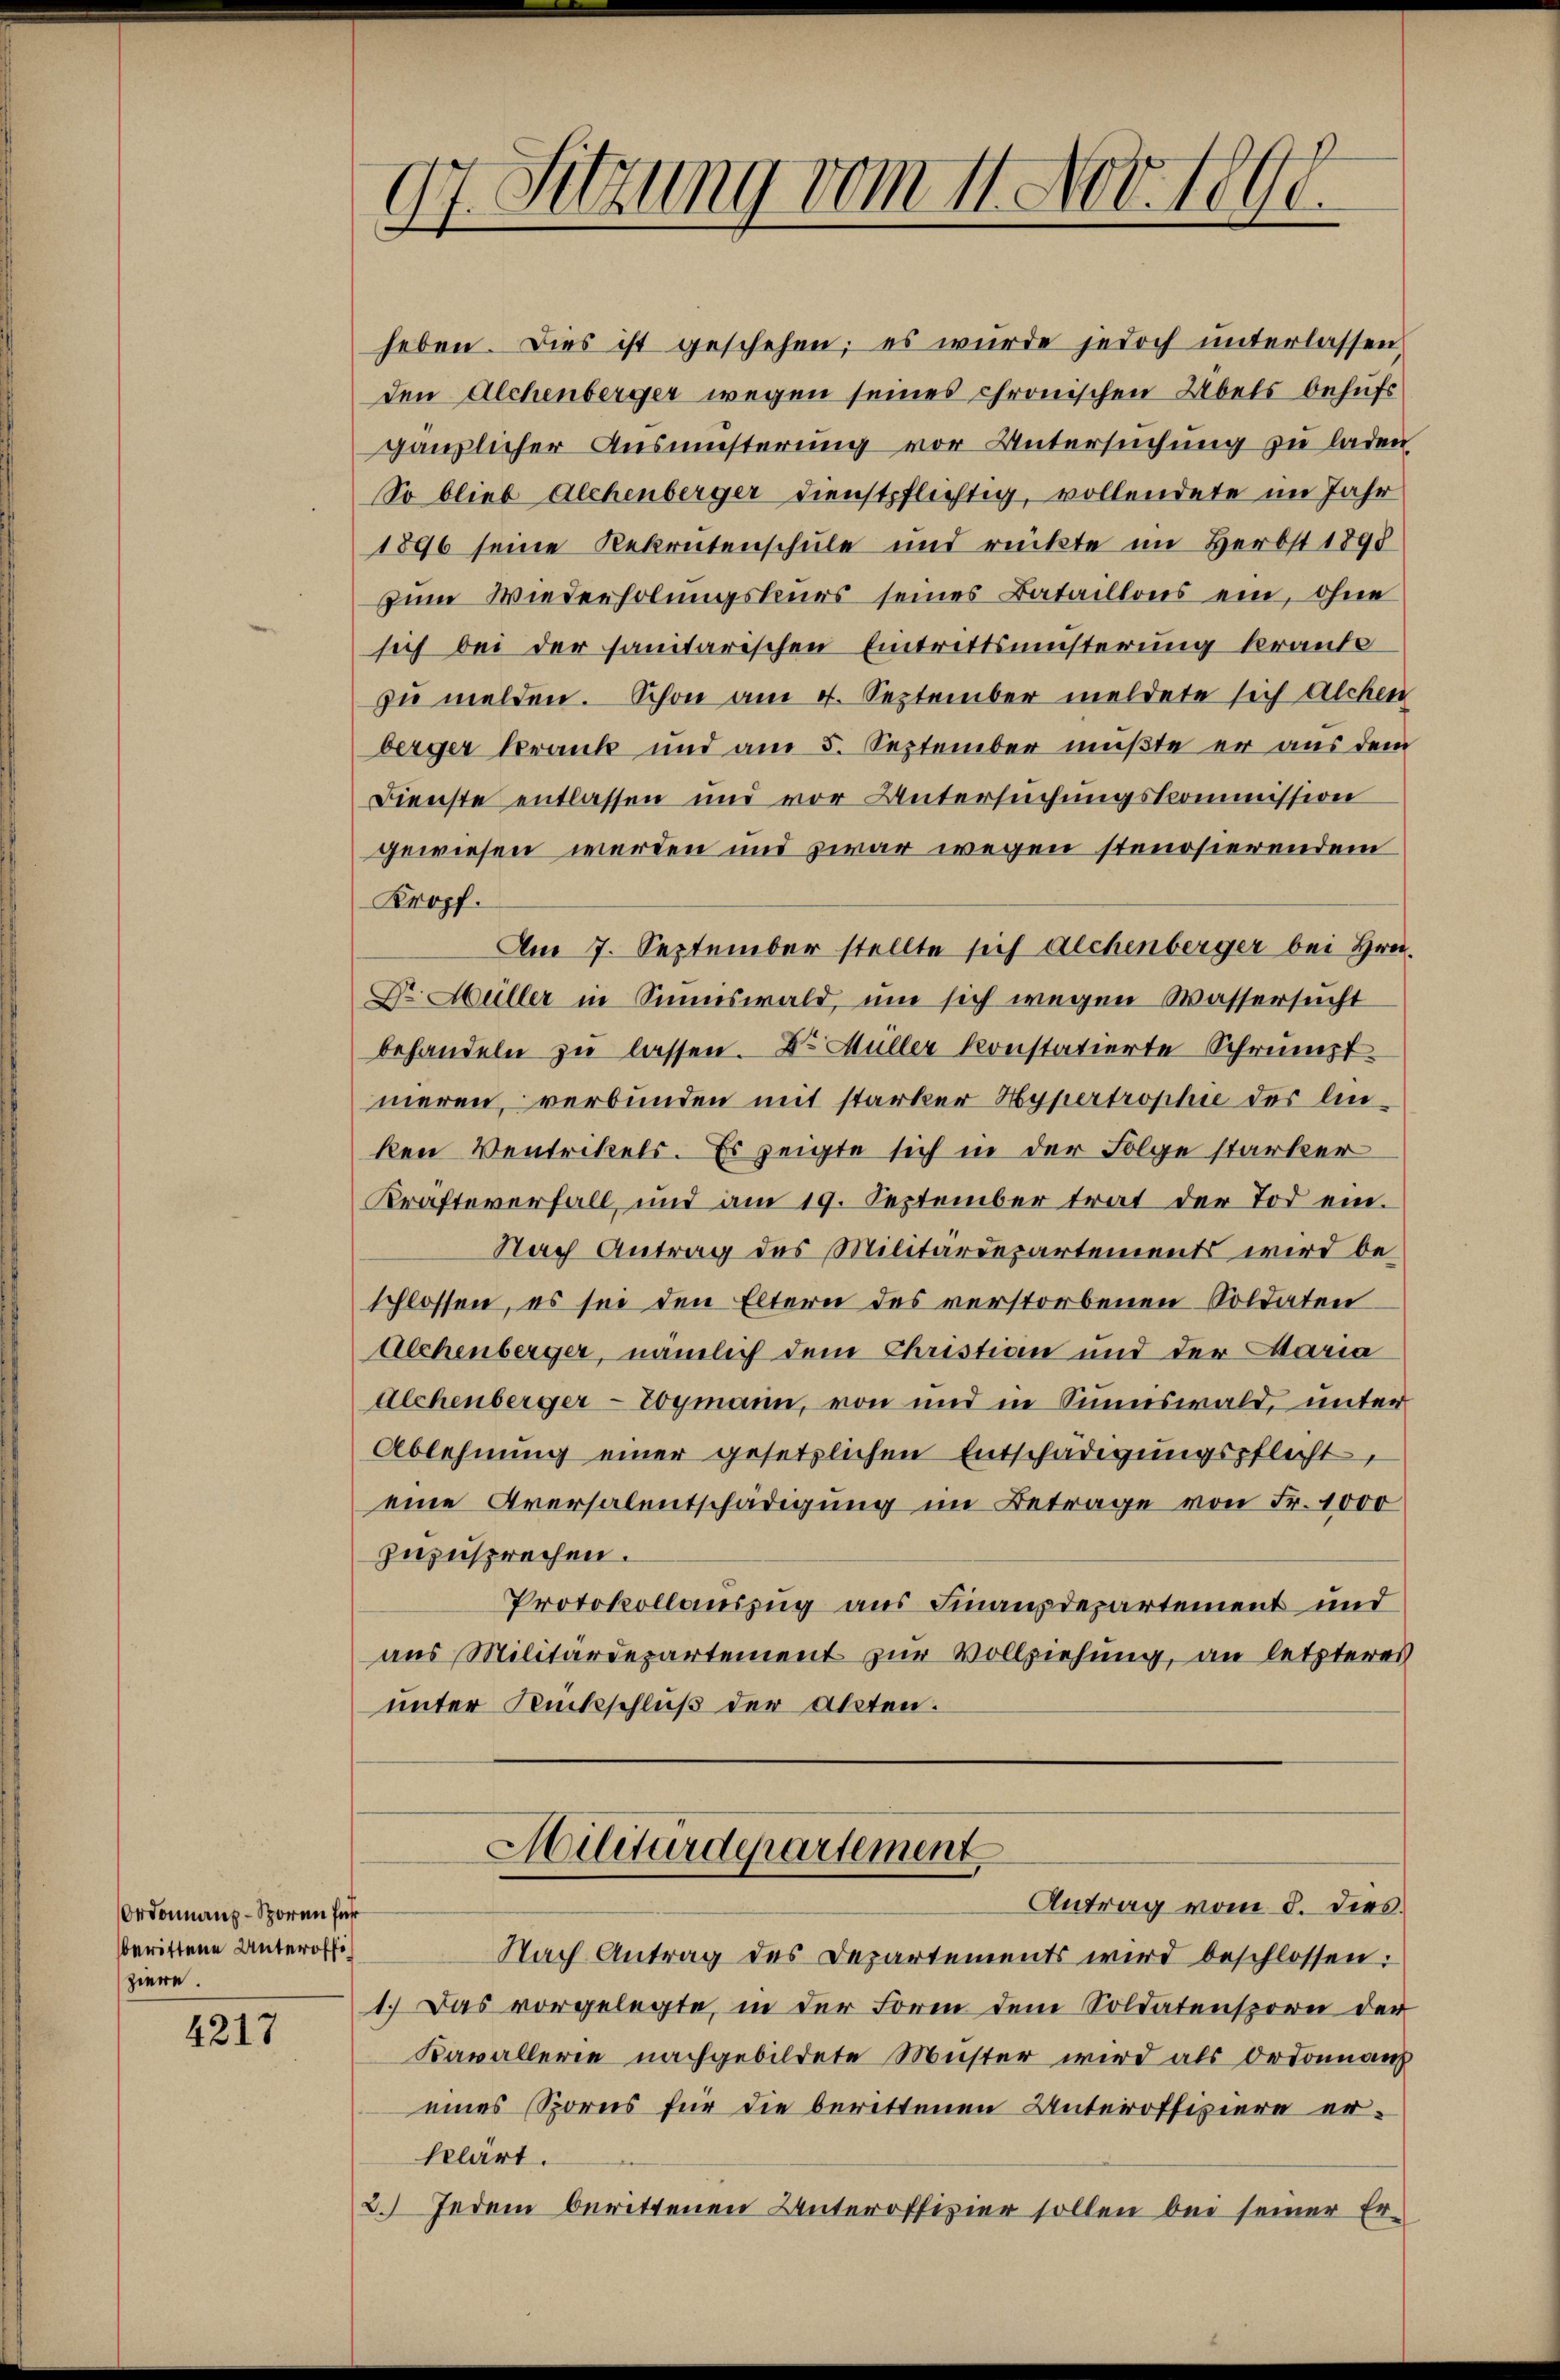
Ordonnanz-Sporn für
berittene Unteroffiziere.

4217

97. Sitzung vom 11. Nov. 1890

heben. Dies ist geschehen; es wurde jedoch unterlassen
den Alchenberger wegen seines chronischen Übels behufs
gänzlicher Ausmüsterung vor Untersuchung zu laden
So blieb Alchenberger dienstpflichtig, vollendete im Jahr
1896 seine Rekrutenschule und rückte im Herbst 1898
zum Wiederholungskurs seines Bataillons ein, ohne
sich bei der sanitarischen Eintrittsmusterung kranke
zu melden. Schon am 4. September meldete sich Alchen
berger krank und am 5. September mußte er aus dem
Dienste entlassen und vor Untersuchungskommission
gewiesen werden und zwar wegen stenosierendem
Kropf.
Am 7. September stellte sich alchenberger bei Hrn.
Dr. Müller in Sinnswald, um sich wegen Wassersucht
behandeln zu lassen. Dr. Müller konstatierte Schrumpf
nieren, verbunden mit starker Hypertrophie der Anken Ventrikels. Es zeigte sich in der Folge starker
Krafteverfall, und am 19. September trat der Tod ein¬
Nach Antrag des Militärdepartements wird beschlossen, es sei den Eltern des verstorbenen Soldaten
Alchenberger, nämlich dem Christian und der Maria
Alchenberger-Togmann, von und in Sumiswald, unter
Ablehnung einer gesetzlichen Entschädigungspflicht,
eine Aversalentschädigung im Betrage von Fr. 1000
zuzusprechen.
Protokollauszug aus Finanzdepartement und
aus Militärdepartement zur Vollziehung, an letzteres
unter Rückschluß der Akten.
Militärdepartement
Antrag vom 8. dies
Nach Antrag des Departements wird beschlossen:
1.) Das vorgelegte, in der Form dem Soldatensporn der
Kavallerie nachgebildete Muster wird als Ordonnanz
eines Sporns für die berittenen Unteroffiziere erklärt.
2.) Jedem berittenen Unteroffizier sollen bei seiner Er¬